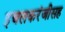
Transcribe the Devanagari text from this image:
इचलकरंजीसह